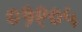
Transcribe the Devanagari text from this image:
०१९०५